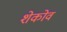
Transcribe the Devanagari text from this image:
शेकोव